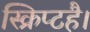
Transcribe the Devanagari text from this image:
स्क्रिप्टहै।